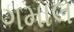
ગમાલ